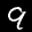
Label: 9